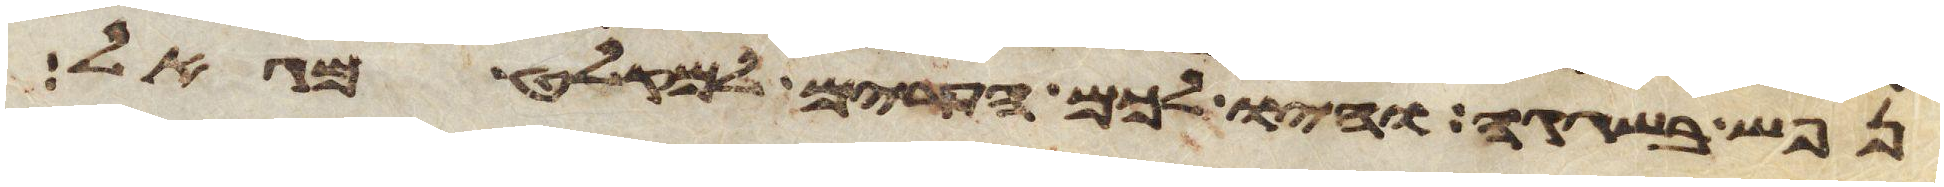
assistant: נפש בשגגה והיו לכם הערים למקלט מגאל